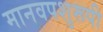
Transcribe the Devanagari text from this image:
मानवपशुरूपी